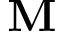
\mathbf { M }